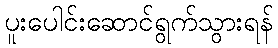
ပူးပေါင်းဆောင်ရွက်သွားရန်